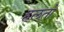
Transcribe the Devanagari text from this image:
हलतों